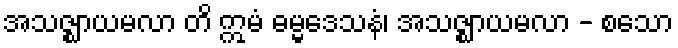
အသဇ္ဈာယမလာ တိ ဣမံ ဓမ္မဒေသနံ၊ အသဇ္ဈာယမလာ - စသော